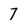
Character: 7